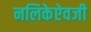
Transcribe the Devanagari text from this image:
नलिकेऐवजी